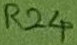
Text: R24